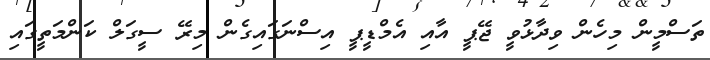
ތަސްމީން މިހެން ވިދާޅުވީ ޖޭޕީ އާއި އެމްޑީޕީ އިސްނަގައިގެން މިރޭ ސީގަލް ކަންމަތީގައި